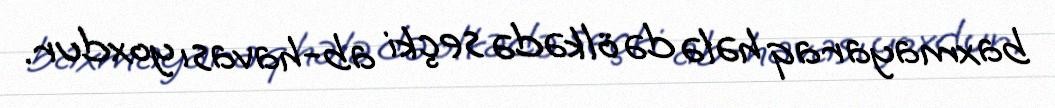
baxmayaraq hələ də ölkədə seçki ab-havası yoxdur.